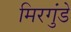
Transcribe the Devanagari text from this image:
मिरगुंडे